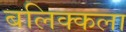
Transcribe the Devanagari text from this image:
बलिक्कला